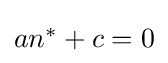
{\textstyle an^{\ast }+c=0}